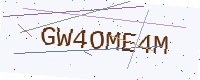
Text: GW4OME4M